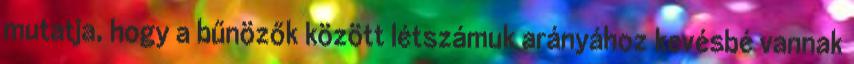
mutatja, hogy a bűnözők között létszámuk arányához kevésbé vannak